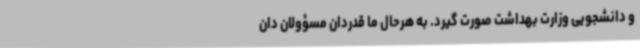
و دانشجویی وزارت بهداشت صورت گیرد. به هرحال ما قدردان مسؤولان دان